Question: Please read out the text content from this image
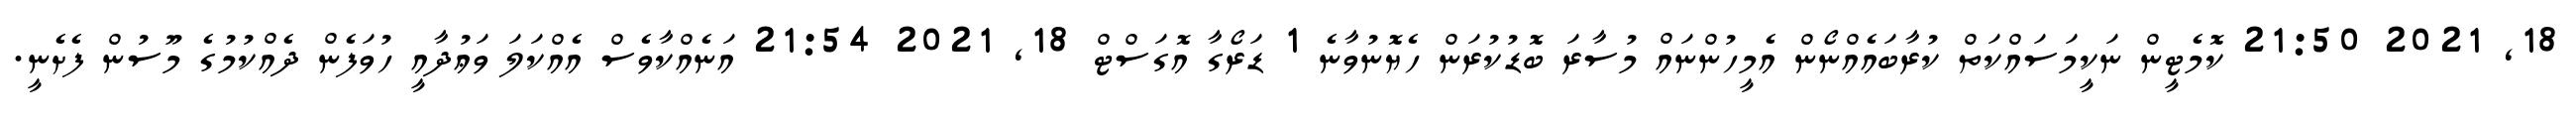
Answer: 18, 2021 21:50 ކޮމެޓީން ނަކީމަސައްކަތް ކުރާބައެއްނޯން އެމީހުންނައް މުސާރަ ބޮޑުކުރަން ހެޔޮނުވާނެ 1 ޑަރޯގާ އޮގަސްޓް 18, 2021 21:54 އަނެއްކާވެސް އެއްކަލަ ވަޢުދާއީ ހުވަފެން ދެއްކުމުގެ މޫސުން ފެށެނީ.